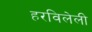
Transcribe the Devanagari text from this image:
हरविलेली